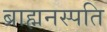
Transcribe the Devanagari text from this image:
ब्राह्मनस्पति